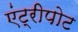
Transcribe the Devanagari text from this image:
एंट्रीपोट